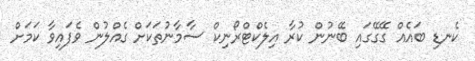
ކެނޑި ބައެއް ގޭގޭގައި ބޭނުން ކުރާ އިލެކްޓްރޯނިކް ސާމާނުތަކަށް ގެއްލުން ވެފައިވާ ކަމަށް